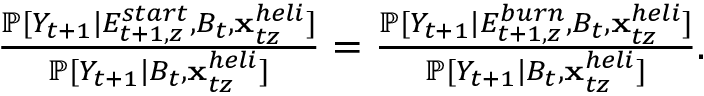
\begin{array} { r } { \frac { \mathbb P [ { \cal Y } _ { t + 1 } | E _ { t + 1 , z } ^ { s t a r t } , B _ { t } , { \mathbf { x } } _ { t z } ^ { h e l i } ] } { \mathbb P [ { \cal Y } _ { t + 1 } | B _ { t } , { \mathbf { x } } _ { t z } ^ { h e l i } ] } = \frac { \mathbb P [ { \cal Y } _ { t + 1 } | E _ { t + 1 , z } ^ { b u r n } , B _ { t } , { \mathbf { x } } _ { t z } ^ { h e l i } ] } { \mathbb P [ { \cal Y } _ { t + 1 } | B _ { t } , { \mathbf { x } } _ { t z } ^ { h e l i } ] } . } \end{array}